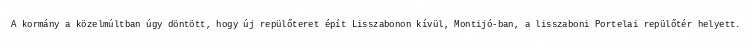
A kormány a közelmúltban úgy döntött, hogy új repülőteret épít Lisszabonon kívül, Montijó-ban, a lisszaboni Portelai repülőtér helyett.